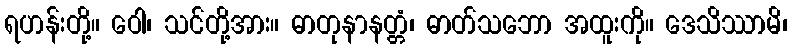
ရဟန်းတို့။ ဝေါ၊ သင်တို့အား။ ဓာတုနာနတ္တံ၊ ဓာတ်သဘော အထူးကို။ ဒေသိဿာမိ၊